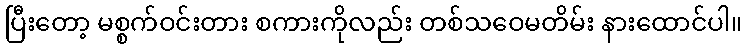
ပြီးတော့ မစ္စက်ဝင်းတား စကားကိုလည်း တစ်သဝေမတိမ်း နားထောင်ပါ။